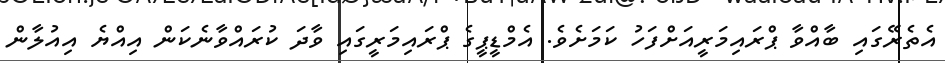
އެތެރޭގައި ބާއްވާ ޕްރައިމަރީއަށްފަހު ކަމަށެވެ. އެމްޑީޕީގެ ޕްރައިމަރީގައި ވާދަ ކުރައްވާނެކަން އިއްޔެ އިއުލާން